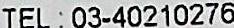
TEL: 03-40210276